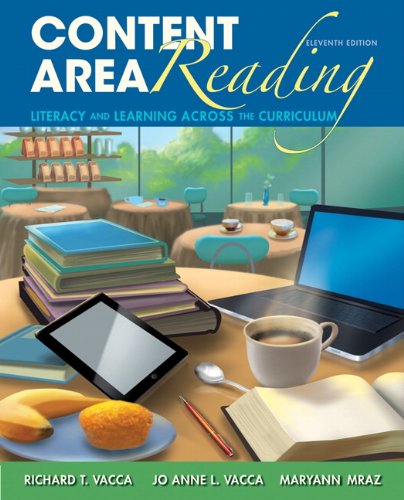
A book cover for Content Area Reading: Literacy and Learning Across the Curriculum (11th Edition); Richard T. Vacca; Education & Teaching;